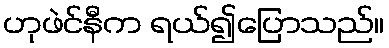
ဟုဖဲင်နီက ရယ်၍ပြောသည်။